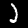
Label: 2